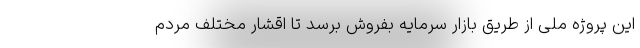
این پروژه ملی از طریق بازار سرمایه بفروش برسد تا اقشار مختلف مردم